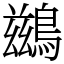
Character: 鷀